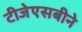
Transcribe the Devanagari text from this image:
टीजेएसबीने